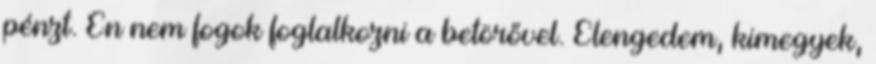
pénzt. Én nem fogok foglalkozni a betörővel. Elengedem, kimegyek,